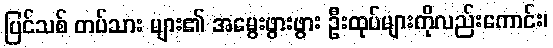
ပြင်သစ် တပ်သား များ၏ အမွေးဖွားဖွား ဦးထုပ်များကိုလည်းကောင်း၊